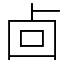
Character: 㔽